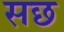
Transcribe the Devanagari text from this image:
सछ